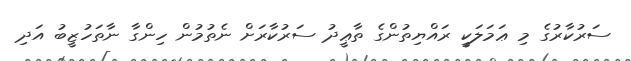
ސަރުކާރުގެ މި ޢަމަލަކީ ރައްޔިތުންގެ ތާޢީދު ސަރުކާރަށް ނެތުމުން ހިންގާ ނާތަހުޒީބު އަދި